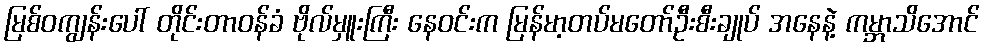
မြစ်ဝကျွန်းပေါ် တိုင်းတာဝန်ခံ ဗိုလ်မှူးကြီး နေဝင်းက မြန်မာ့တပ်မတော်ဦးစီးချုပ် အနေနဲ့ ကမ္ဘာသိအောင်